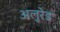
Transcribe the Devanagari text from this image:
अलुरेड